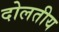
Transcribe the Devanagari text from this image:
दोलतीय